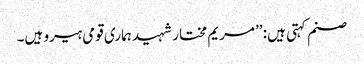
صنم کہتی ہیں: ’’مریم مختار شہید ہماری قومی ہیرو ہیں۔